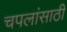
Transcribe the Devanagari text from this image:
चपलांसाठी